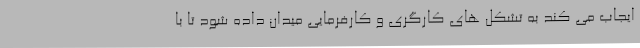
ایجاب می کند به تشکل های کارگری و کارفرمایی میدان داده شود تا با